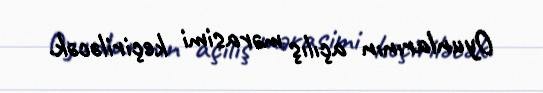
Oyunlarının açılış mərasimi keçiriləcək.